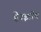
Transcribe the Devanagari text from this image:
हेरझॉग